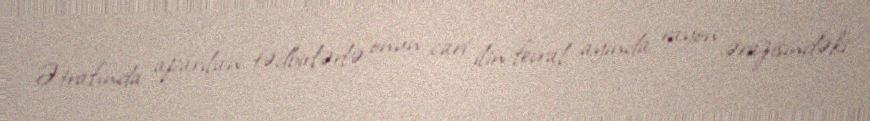
Ətrafında aparılan tədbirlərlə onun cari ilin fevral ayında rayon ərazisindəki